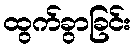
ထွက်ခွာခြင်း